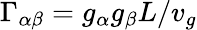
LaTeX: \Gamma_{\alpha\beta}=g_{\alpha}g_{\beta}L/v_{g}